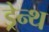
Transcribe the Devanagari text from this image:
ड्रेन्थ